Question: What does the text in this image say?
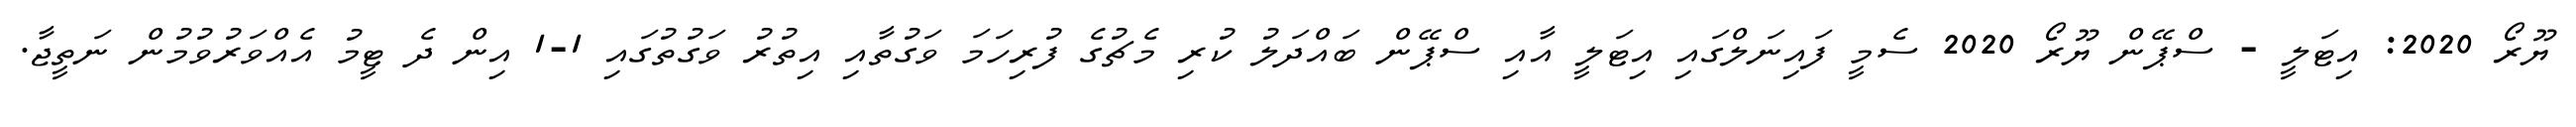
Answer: ޔޫރޯ 2020: އިޓަލީ - ސްޕޭން ޔޫރޯ 2020 ސެމީ ފައިނަލްގައި އިޓަލީ އާއި ސްޕޭން ބައްދަލު ކުރި މެޗުގެ ފުރިހަމަ ވަގުތާއި އިތުރު ވަގުތުގައި 1-1 އިން ދެ ޓީމު އެއްވަރުވުމުން ނަތީޖާ.